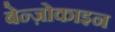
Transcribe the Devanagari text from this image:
बेन्ज़ोकाइन